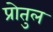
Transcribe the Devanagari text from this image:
प्रोतुल